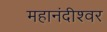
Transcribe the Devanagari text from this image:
महानंदीश्‍वर